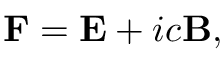
\mathbf { F } = \mathbf { E } + i c \mathbf { B } ,